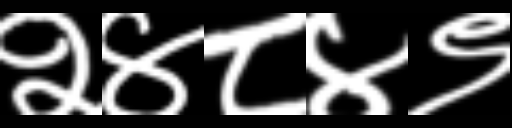
Text: २४८४९